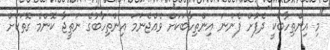
"މި އިންތިހާބަކީ ދެފުށް ފެންނަ އިންތިހާބަކަށް ވެއްޖެނަމަ އިންތިހާބުގެ ނަތީޖާ ކޮންމެ ގޮތަކަށް